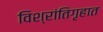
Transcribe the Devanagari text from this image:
विश्रांतिगृहात